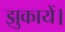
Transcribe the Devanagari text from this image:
झुकायें।